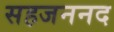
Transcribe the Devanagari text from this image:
सहजननद